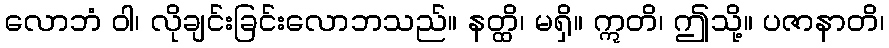
လောဘံ ဝါ၊ လိုချင်းခြင်းလောဘသည်။ နတ္ထိ၊ မရှိ။ ဣတိ၊ ဤသို့။ ပဇာနာတိ၊